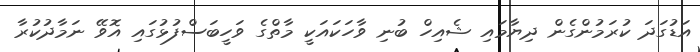
އަޑުގަދަ ކުރަމުންގެން ދިޔާމައި ޝެއިހް ބުނި ވާހަކައަކީ މާތްގެ ވަހީބަސްފުޅުގައި އޮވޭ ނަމާދުކުރާ